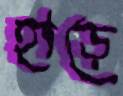
হাড়ে